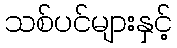
သစ်ပင်များနှင့်